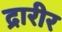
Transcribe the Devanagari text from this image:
द्रारीर